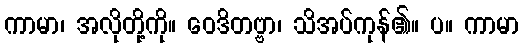
ကာမာ၊ အလိုတို့ကို။ ဝေဒိတဗ္ဗာ၊ သိအပ်ကုန်၏။ ပ။ ကာမာ